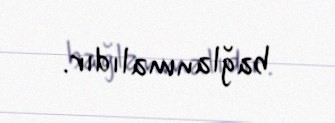
bağlanmalıdır.